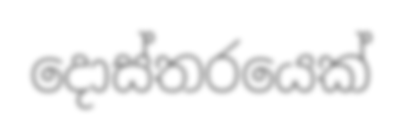
දොස්තරයෙක්